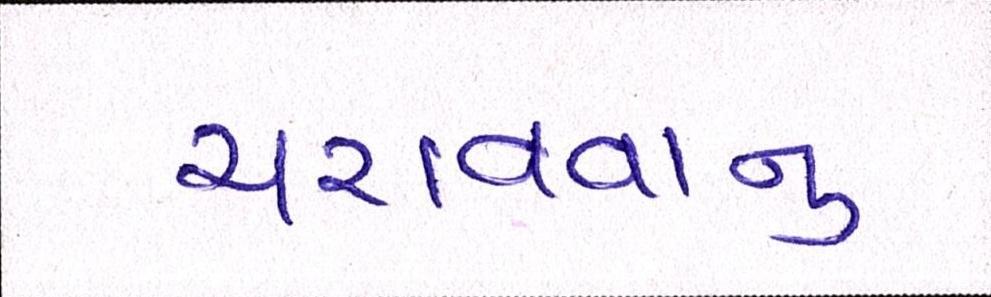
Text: ચરાવવાનુ